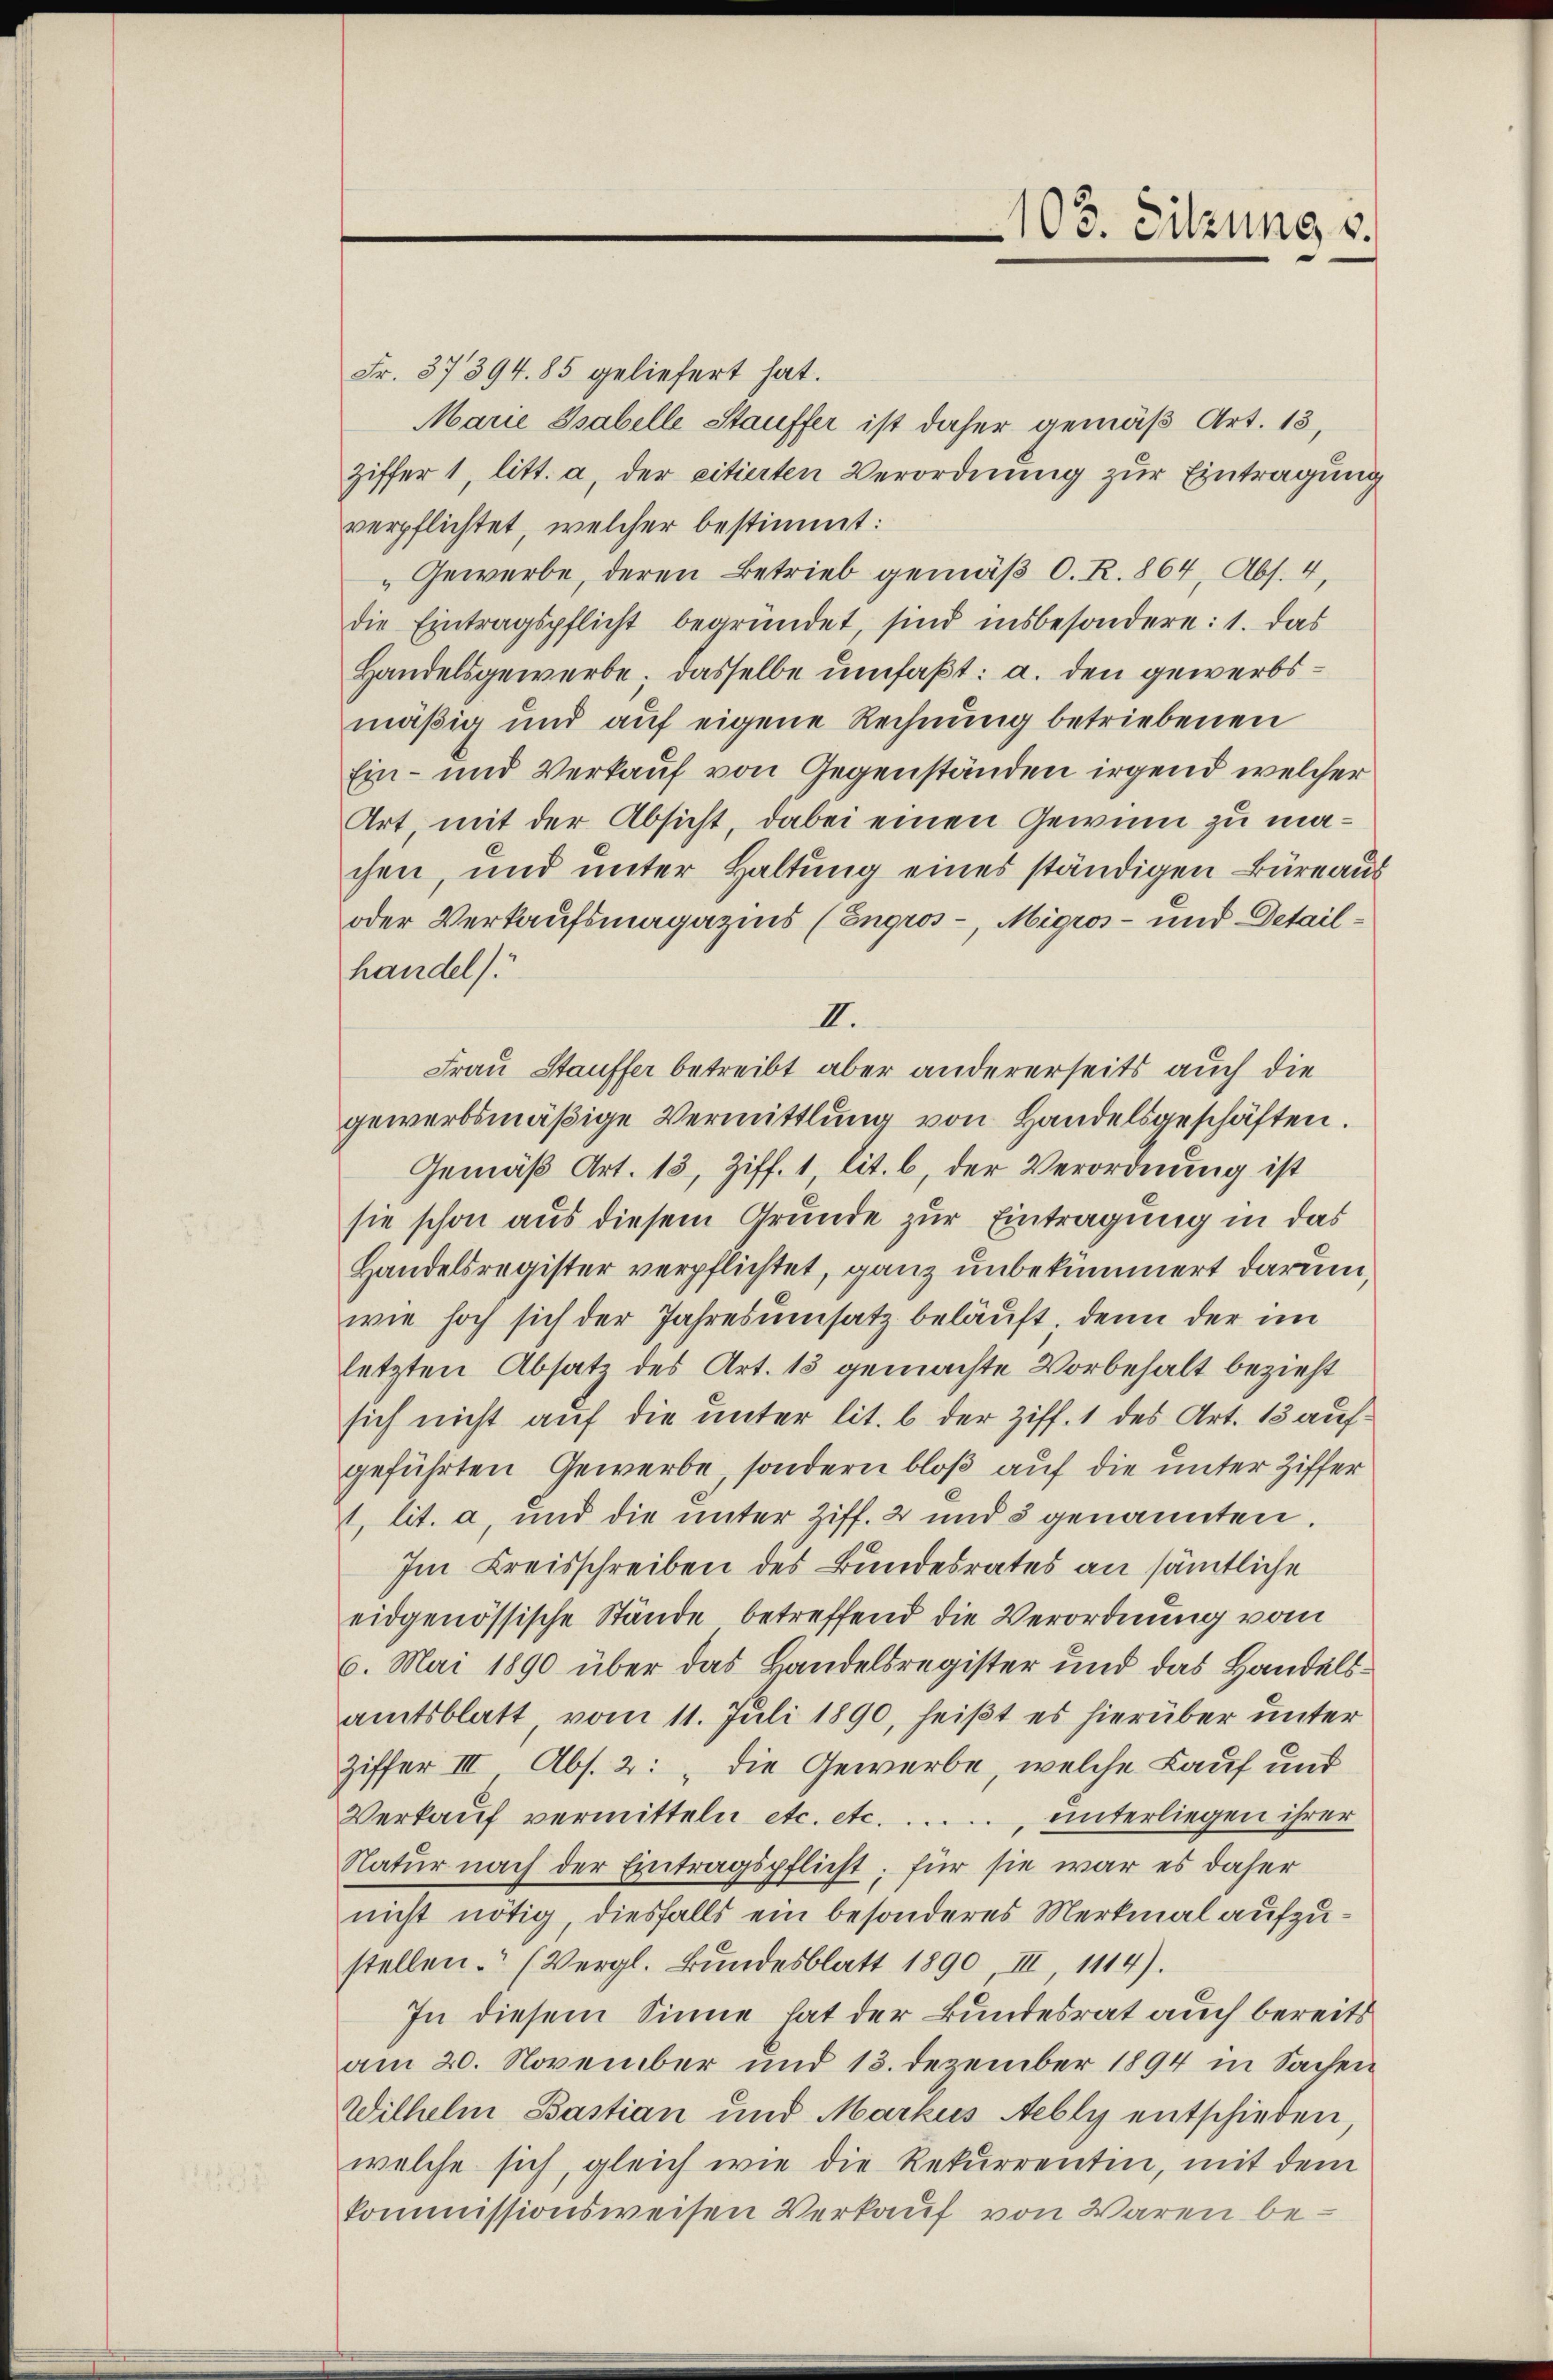
Fr. 37394. 85 geliefert hat.
Marie Isabelle Stauffer ist daher gemäß Art. 13,
ziffer 1, litt. a, der citierten Verordnung zur Eintragung
verpflichtet, welcher bestimmt:
„Gewerbe, deren Betrieb gemäß O. R. 864, Abs. 4,
die Eintragspflicht begründet, sind insbesondere: 1. das
Handelsgewerbe; dasselbe umfaßt: a. den gewerbsmäßig und auf eigene Rechnung betriebenen
Ein- und Verkauf von Gegenständen irgend welcher
Art, mit der Absicht, dabei einen Gewinn zu machen, und unter Haltung eines ständigen Büreaus
oder Verkaufsmagazins (Engros-, Migros - und Detailhandel).
II.
Frau Stauffer betreibt aber andererseits auch die
gewerbsmäßige Vermittlung von Handelsgeschäften.
Gemäß Art. 13, Ziff. 1 lit. b, der Verordnung ist
sie schon aus diesem Grunde zur Eintragung in das
Handelsregister verpflichtet, ganz unbekümmert darum,
wie hoch sich der Jahresumsatz beläuft; denn der im
letzten Absatz des Art. 13 gemachte Vorbehalt bezieht
sich nicht auf die unter lit. b der Ziff. 1 des Art. 13 aufgeführten Gewerbe, sondern bloß auf die unter Ziffer
1. lit. a, und die unter Ziff. 2 und 3 genannten.
Im Kreisschreiben des Bundesrates an sämtliche
eidgenössische Stände betreffend die Verordnung vom
6. Mai 1890 über das Landelsregister und das Handelsamtsblatt vom 11. Juli 1890, heißt es hierüber unter
Ziffer III Abs. 2: „Die Gewerbe, welche Lauf und
Verkaŭf vermitteln etc. etc. . ..... unterliegen ihrer
Natur nach der Eintragspflicht; für sie war es daher
nicht nötig, diesfalls ein besonderes Merkmal aufzustellen. (Vergl. Bŭndesblatt 1890, III 1114).
In diesem Sinne hat der Bundesrat auch bereits
am 20. November und 13. Dezember 1894 in Sachen
Wilhelm Bastian und Markus Aebly entschieden,
welche sich, gleich wie die Rekurrentin, mit dem
kommissionsweisen Verkauf von Waren be¬

103. Sitzung v.